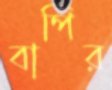
বাপির